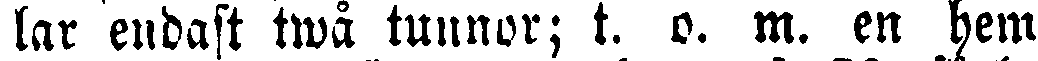
lar endast twå tunnor; t. o. m. en hem-